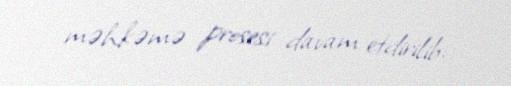
məhkəmə prosesi davam etdirilib.